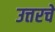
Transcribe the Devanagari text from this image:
उत्तरचे